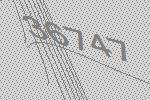
36747